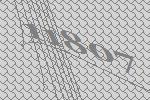
11807